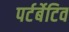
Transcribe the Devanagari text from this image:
पर्टर्बेटिव